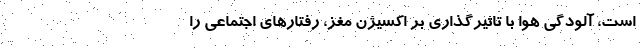
است، آلودگی هوا با تاثیرگذاری بر اکسیژن مغز، رفتار‌های اجتماعی را